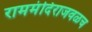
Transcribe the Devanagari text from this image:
राममंदिराजवळच